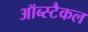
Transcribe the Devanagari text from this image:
ऑब्स्टैकल